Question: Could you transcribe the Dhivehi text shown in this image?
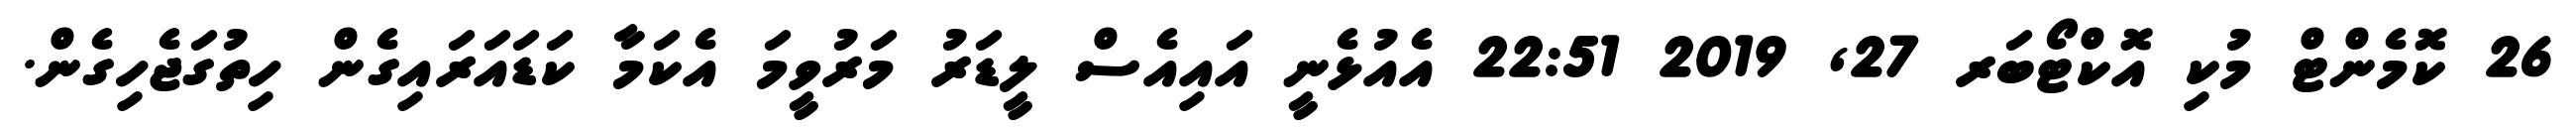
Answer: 26 ކޮމެންޓް މުކި އޮކްޓޯބަރ 27, 2019 22:51 އެއުޅެނީ އައިއެސް ލީޑަރު މަރުވީމަ އެކަމާ ކަޑައަރައިގެން ހިތުގަޖެހިގެން.